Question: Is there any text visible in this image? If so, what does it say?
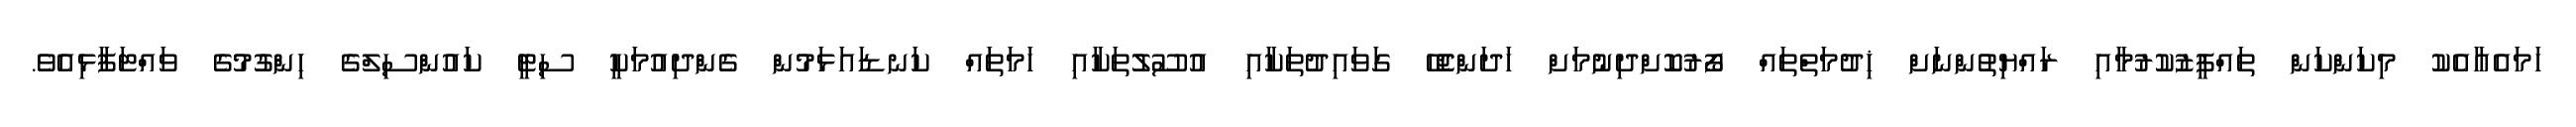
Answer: ހަމައެއާއެކު މިކަންކަން ތައްފީޒުކުރުމާއި ރައްޔިތުންނަށް ޚިދުމަތްތައް ފޯރުކޮށްދިނުމަށް ހަދަންޖެހޭ ގަވައިދުތަކާއި އުސޫލުތަކާއި ހަމަތައް ކަނޑައަޅަމުން ގެންދިއުމަކީ ސިޓީ ކައުންސިލްގެ ހިންގުމުގެ ވައްޓަފާޅިއެވެ.